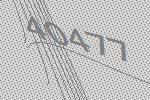
40477